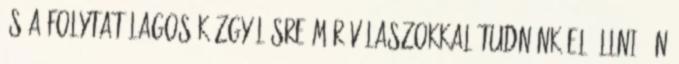
és a folytatólagos közgyűlésre már válaszokkal tudnánk előállni, én